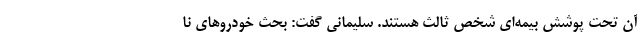
آن تحت پوشش بیمه‌ای شخص ثالث هستند. سلیمانی گفت: بحث خودرو‌های نا